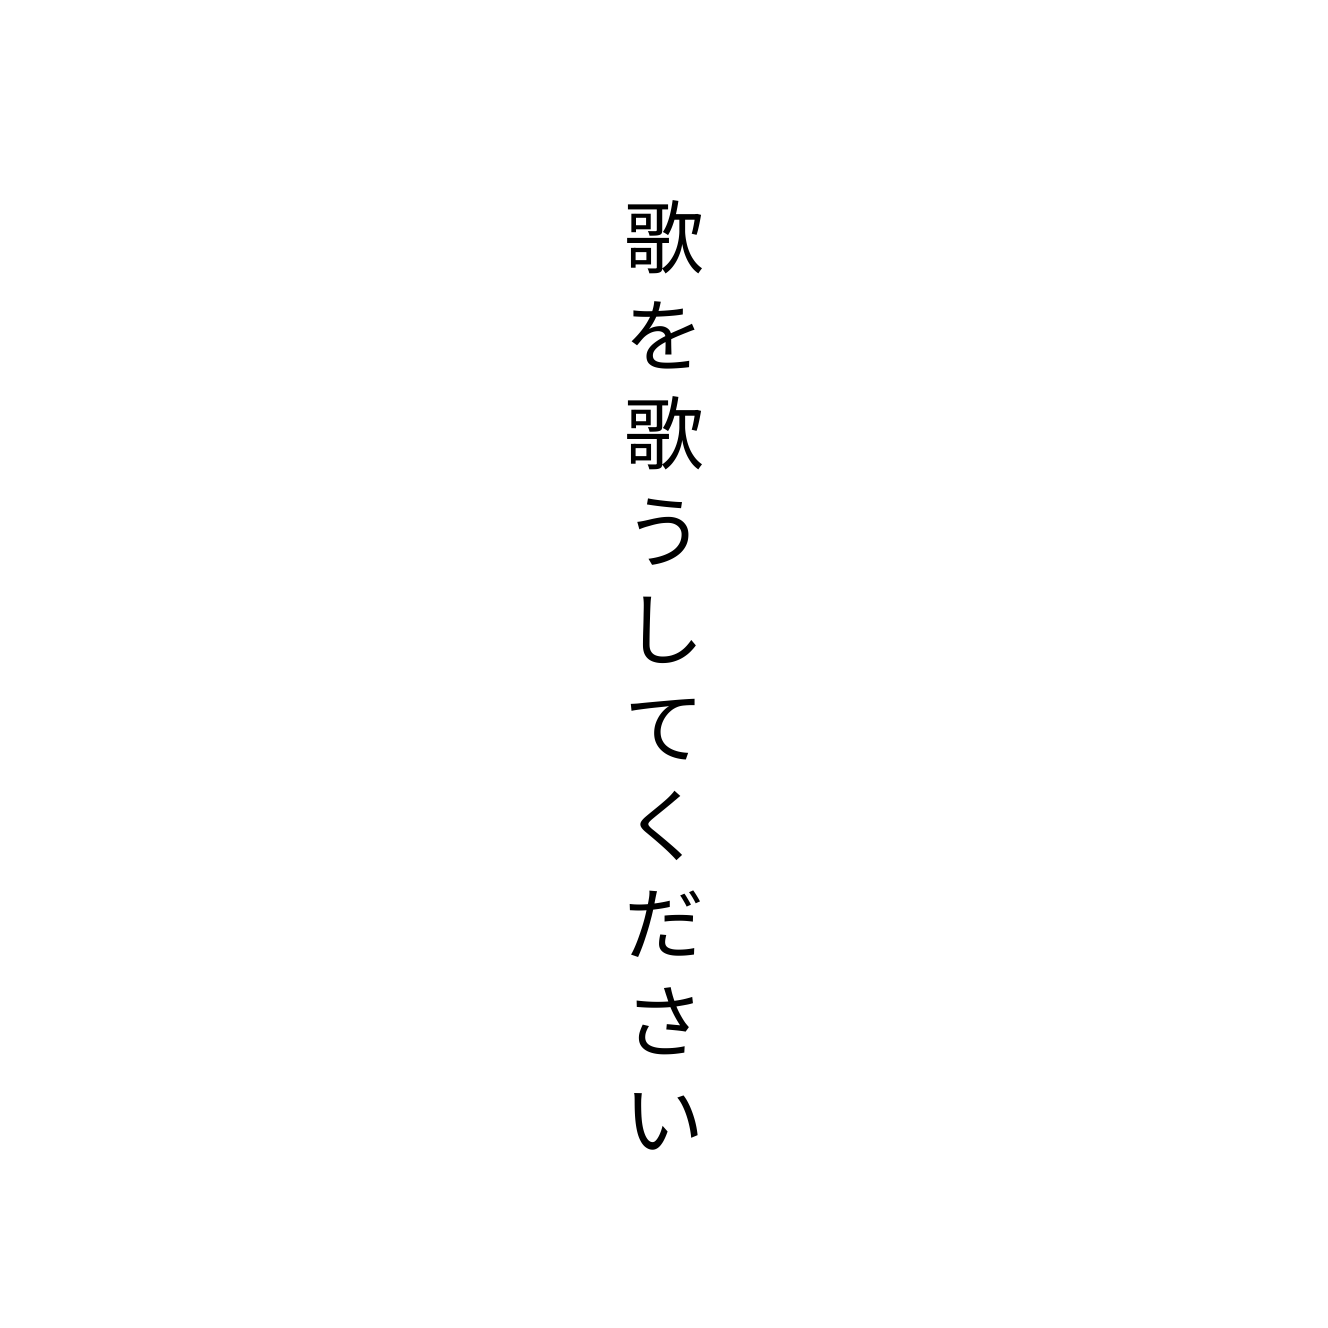
歌を歌うしてください